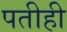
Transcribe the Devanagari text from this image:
पतीही